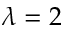
\lambda = 2